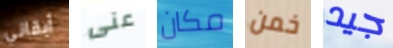
أبقاني عنى مكان خمن جيد